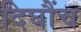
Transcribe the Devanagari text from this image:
दिघौंच